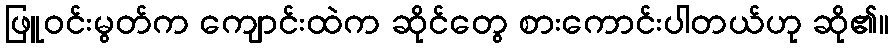
ဖြူဝင်းမွတ်က ကျောင်းထဲက ဆိုင်တွေ စားကောင်းပါတယ်ဟု ဆို၏။